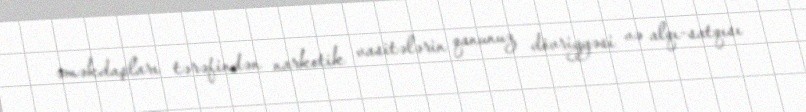
əməkdaşları tərəfindən narkotik vasitələrin qanunuz dövriyyəsi və alqı-satqısı